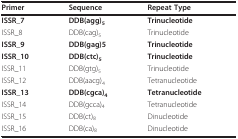
| Primer | Sequence | Repeat Type |
 | --- | --- | --- |
 | ISSR_7 | DDB(agg)5 | Trinucleotide |
 | ISSR_8 | DDB(cag)5 | Trinucleotide |
 | ISSR_9 | DDB(gag)5 | Trinucleotide |
 | ISSR_10 | DDB(ctc)5 | Trinucleotide |
 | ISSR_11 | DDB(gtg)5 | Trinucleotide |
 | ISSR_12 | DDB(aacg)4 | Tetranucleotide |
 | ISSR_13 | DDB(cgca)4 | Tetranucleotide |
 | ISSR_14 | DDB(gcca)4 | Tetranucleotide |
 | ISSR_15 | DDB(ct)8 | Dinucleotide |
 | ISSR_16 | DDB(ca)8 | Dinucleotide |